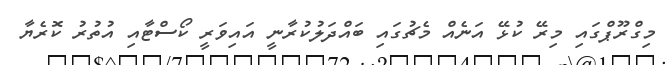
މިގްރޫޕްގައި މިރޭ ކުޅޭ އަނެއް މެޗުގައި ބައްދަލުކުރާނީ އައިވަރީ ކޯސްޓާއި އުތުރު ކޮރެޔާ